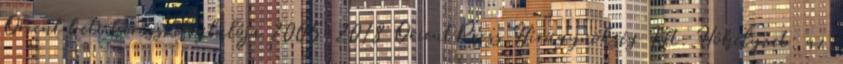
Orient heti hírösszefoglalója 2005-2018 OrientPress Hírügynökség Kft. Hóhelyzet: az